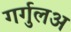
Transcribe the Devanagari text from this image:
गर्गुलअ